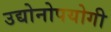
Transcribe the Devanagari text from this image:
उद्योनोपयोगी